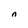
Character: n